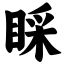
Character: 睬